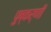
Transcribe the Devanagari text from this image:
पुष्कर्णी